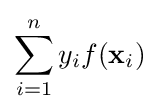
\sum _{i=1}^{n}y_{i}f(\mathbf {x} _{i})